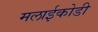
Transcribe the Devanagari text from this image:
मलाईकोडी